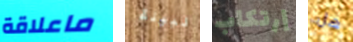
ماعلاقة نبيلة إرتكاب هل